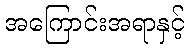
အကြောင်းအရာနှင့်